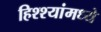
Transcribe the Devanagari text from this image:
हिश्श्यांमध्ये